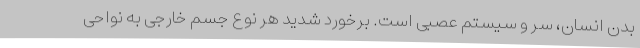
بدن انسان، سر و سیستم عصبی است. برخورد شدید هر نوع جسم خارجی به نواحی